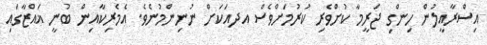
އިސްރާއީލުން ހިންގި ޖަރީމާ ކުށްވެރި ކުރުމަށްވެސް އދއަކަށް ނުނިންމުނެވެ. އެމެރިކާއިން ބުނީ ޣައްޒާގައި